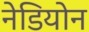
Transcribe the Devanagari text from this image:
नेडियोन